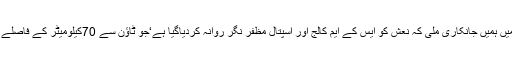
پھر بعد میں ہمیں جانکاری ملی کہ نعش کو ایس کے ایم کالج اور اسپتال مظفر نگر روانہ کردیاگیا ہے‘جو ٹاؤن سے 70کیلومیٹر کے فاصلے پر ہے‘‘۔